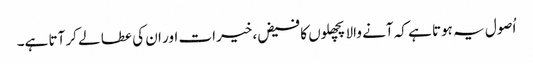
اُصول یہ ہوتا ہے کہ آنے والا پچھلوں کا فیض، خیرات اور ان کی عطا لے کر آتا ہے۔